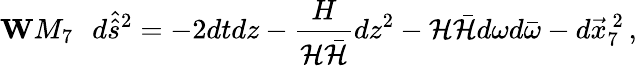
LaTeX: {\mathbf WM_{7}}\, \, \, \, d\hat{\hat{s}}{}^{2}=-2dtdz-\frac{H}{{\cal H}\bar{\cal H}}dz^{2}-{\cal H}\bar{\cal H}d\omega d\bar{\omega}-d\vec{x}_{7}^{\ 2}\, ,